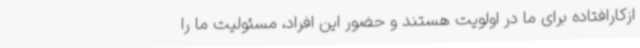
ازکارافتاده برای ما در اولویت هستند و حضور این افراد، مسئولیت ما را